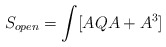
\begin{align*}S_{open}=\int [A Q A + A^3]\end{align*}